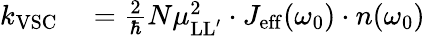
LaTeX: \begin{array}{rl}{k_{\mathrm{VSC}}}&{{}=\frac{2}{\hbar}N\mu_{\mathrm{LL}^{\prime}}^{2}\cdot J_{\mathrm{eff}}(\omega_{0})\cdot n(\omega_{0})}\end{array}